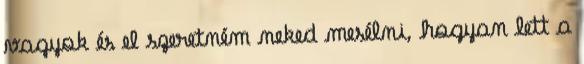
vagyok és el szeretném neked mesélni, hogyan lett a